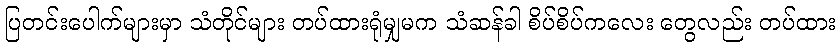
ပြတင်းပေါက်များမှာ သံတိုင်များ တပ်ထားရုံမျှမက သံဆန်ခါ စိပ်စိပ်ကလေး တွေလည်း တပ်ထား